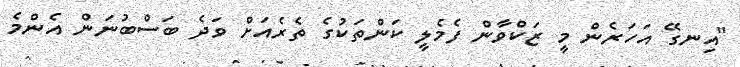
"އިނގޭ އަހަރެން މީ ޒަކްވާން ފެމެލީ ކަންތަކުގެ ތެރެއަށް ވަދެ ބަސްބުނަން އެންމެ